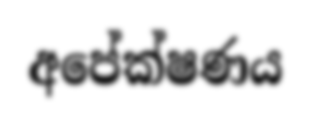
අපේක්ෂණය